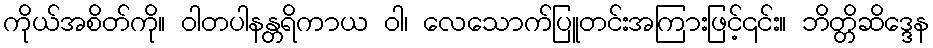
ကိုယ်အစိတ်ကို။ ဝါတပါနန္တရိကာယ ဝါ၊ လေသောက်ပြူတင်းအကြားဖြင့်၎င်း။ ဘိတ္တိဆိဒ္ဒေန